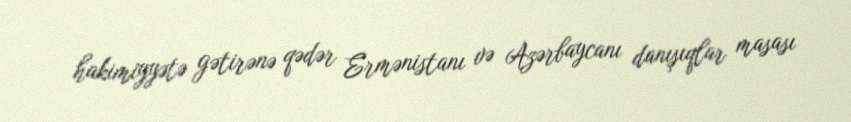
hakimiyyətə gətirənə qədər Ermənistanı və Azərbaycanı danışıqlar masası